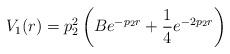
LaTeX: \begin{align*}V_1(r)=p_2^2\left(Be^{-p_2r}+\frac{1}{4}e^{-2p_2r}\right)\end{align*}